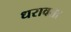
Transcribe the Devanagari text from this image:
धरावता